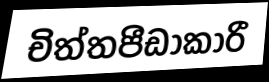
චිත්තපීඩාකාරී